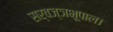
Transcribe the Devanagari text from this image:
सर्वज्ञभूपाल।